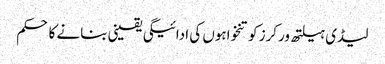
لیڈی ہیلتھ ورکرز کو تنخواہوں کی ادائیگی یقینی بنانے کا حکم